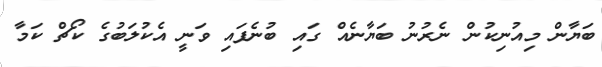
ބަޔާން މިއުނިކުން ނެރުނު ބަޔާނެއް ގައި ބުނެފައި ވަނީ އެކުލަބުގެ ކޯޗް ކަމާ